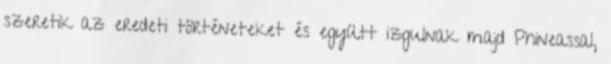
szeretik az eredeti történeteket és együtt izgulnak majd Phineassal,